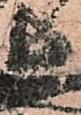
長